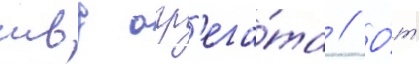
твд агр'ега́та // О́т